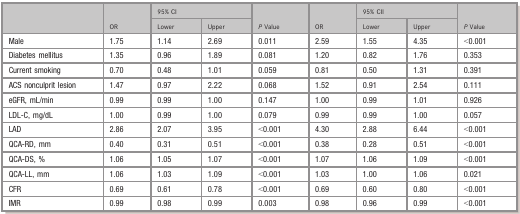
<table><thead><tr><td rowspan="2"></td><td rowspan="2"><b>OR</b></td><td colspan="2"><b>95% CI</b></td><td rowspan="2"><b><i>P</i> Value</b></td><td rowspan="2"><b>OR</b></td><td colspan="2"><b>95% CIl</b></td><td rowspan="2"><b><i>P</i> Value</b></td></tr><tr><td><b>Lower</b></td><td><b>Upper</b></td><td><b>Lower</b></td><td><b>Upper</b></td></tr></thead><tbody><tr><td>Male</td><td>1.75</td><td>1.14</td><td>2.69</td><td>0.011</td><td>2.59</td><td>1.55</td><td>4.35</td><td>&lt;0.001</td></tr><tr><td>Diabetes mellitus</td><td>1.35</td><td>0.96</td><td>1.89</td><td>0.081</td><td>1.20</td><td>0.82</td><td>1.76</td><td>0.353</td></tr><tr><td>Current smoking</td><td>0.70</td><td>0.48</td><td>1.01</td><td>0.059</td><td>0.81</td><td>0.50</td><td>1.31</td><td>0.391</td></tr><tr><td>ACS nonculprit lesion</td><td>1.47</td><td>0.97</td><td>2.22</td><td>0.068</td><td>1.52</td><td>0.91</td><td>2.54</td><td>0.111</td></tr><tr><td>eGFR, mL/min</td><td>0.99</td><td>0.99</td><td>1.00</td><td>0.147</td><td>1.00</td><td>0.99</td><td>1.01</td><td>0.926</td></tr><tr><td>LDL‐C, mg/dL</td><td>1.00</td><td>0.99</td><td>1.00</td><td>0.079</td><td>0.99</td><td>0.99</td><td>1.00</td><td>0.057</td></tr><tr><td>LAD</td><td>2.86</td><td>2.07</td><td>3.95</td><td>&lt;0.001</td><td>4.30</td><td>2.88</td><td>6.44</td><td>&lt;0.001</td></tr><tr><td>QCA‐RD, mm</td><td>0.40</td><td>0.31</td><td>0.51</td><td>&lt;0.001</td><td>0.38</td><td>0.28</td><td>0.51</td><td>&lt;0.001</td></tr><tr><td>QCA‐DS, %</td><td>1.06</td><td>1.05</td><td>1.07</td><td>&lt;0.001</td><td>1.07</td><td>1.06</td><td>1.09</td><td>&lt;0.001</td></tr><tr><td>QCA‐LL, mm</td><td>1.06</td><td>1.03</td><td>1.09</td><td>&lt;0.001</td><td>1.03</td><td>1.00</td><td>1.06</td><td>0.021</td></tr><tr><td>CFR</td><td>0.69</td><td>0.61</td><td>0.78</td><td>&lt;0.001</td><td>0.69</td><td>0.60</td><td>0.80</td><td>&lt;0.001</td></tr><tr><td>IMR</td><td>0.99</td><td>0.98</td><td>0.99</td><td>0.003</td><td>0.98</td><td>0.96</td><td>0.99</td><td>&lt;0.001</td></tr></tbody></table>